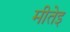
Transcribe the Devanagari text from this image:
मीतेइ